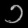
Digit: ၁